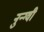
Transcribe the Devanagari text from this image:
नुन्ग्वी